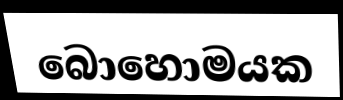
බොහොමයක